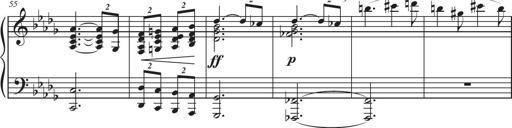
Title: Sonatina in D major
Composer: Shota Saitoh
Key: D major